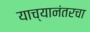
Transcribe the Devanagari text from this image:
याच्यानंतरचा